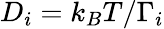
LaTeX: D_{i}=k_{B}T/\Gamma_{i}